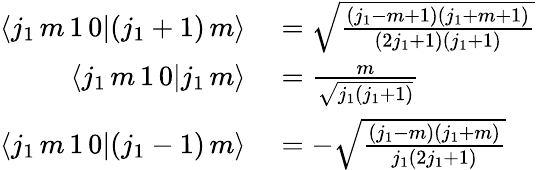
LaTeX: \begin{array}{rl}{\langle j_{1}\, m\, 1\, 0|(j_{1}+1)\, m\rangle}&{{}={\sqrt{\frac{(j_{1}-m+1)(j_{1}+m+1)}{(2j_{1}+1)(j_{1}+1)}}}}\\ {\langle j_{1}\, m\, 1\, 0|j_{1}\, m\rangle}&{{}={\frac{m}{\sqrt{j_{1}(j_{1}+1)}}}}\\ {\langle j_{1}\, m\, 1\, 0|(j_{1}-1)\, m\rangle}&{{}=-{\sqrt{\frac{(j_{1}-m)(j_{1}+m)}{j_{1}(2j_{1}+1)}}}}\end{array}